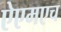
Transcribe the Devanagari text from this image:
ऐएमएच